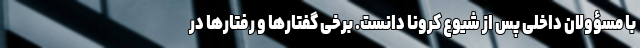
با مسؤولان داخلی پس از شیوع کرونا دانست. برخی گفتارها و رفتارها در